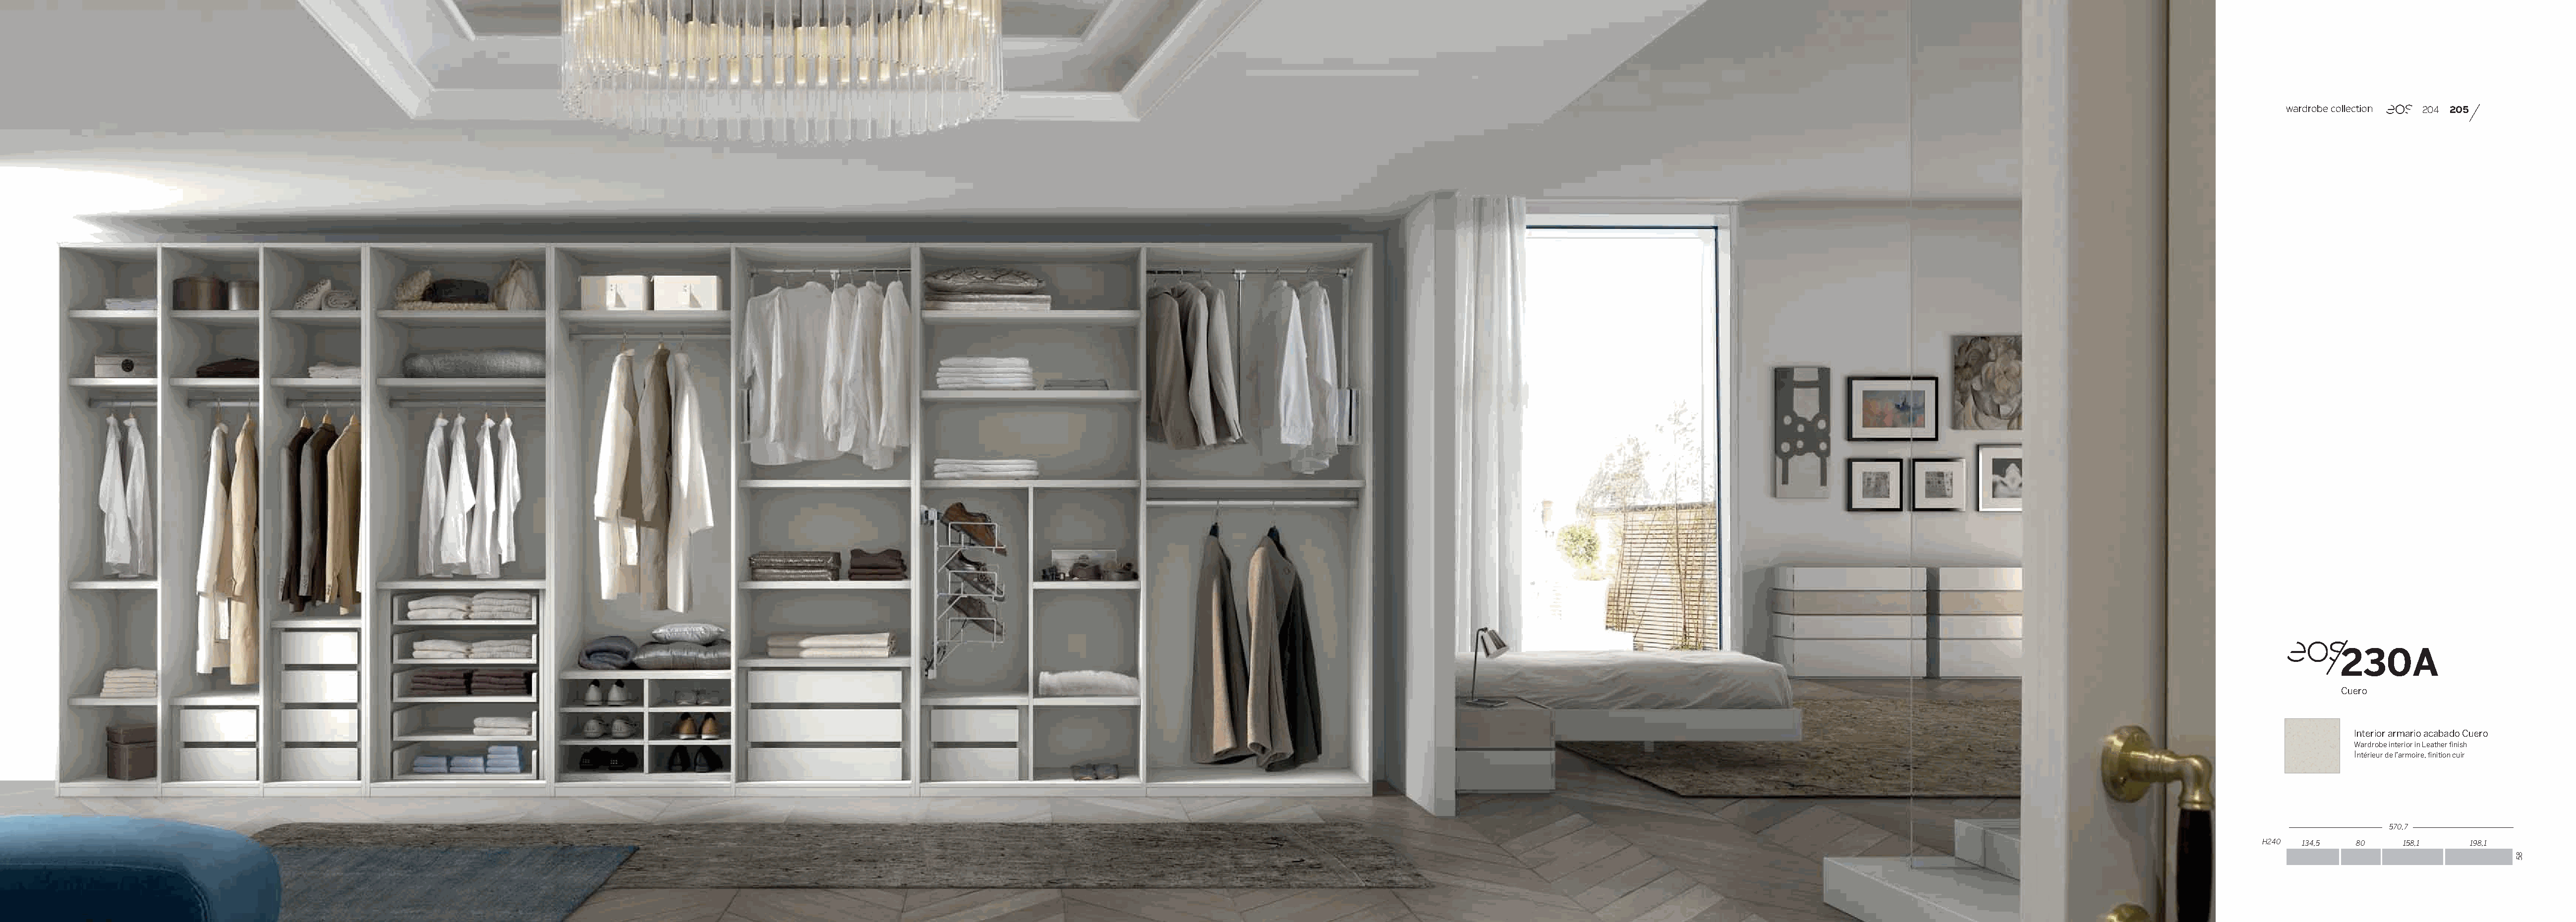
wardrobe collection 204 205
 230A
 Cuero
 Interior armario acabado Cuero
 Wardrobe interior in Leather finish
 Intérieur de l’armoire, finition cuir
 570,7
 H240 134,5   80    158,1    198,1
 85